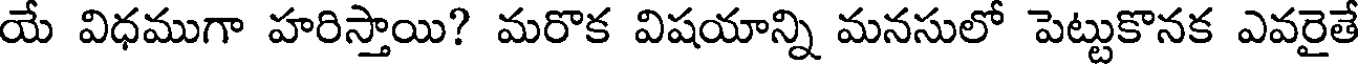
యే విధముగా హరిస్తాయి? మరొక విషయాన్ని మనసులో పెట్టుకొనక ఎవరైతే